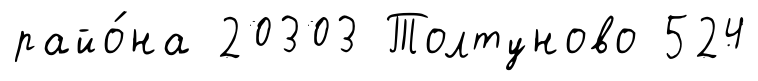
райо́на 20303 Толтуново 524